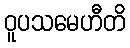
ဝူပသမေဟီတိ